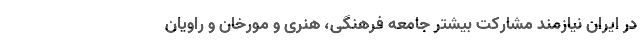
در ایران نیازمند مشارکت بیشتر جامعه فرهنگی، هنری و مورخان و راویان